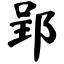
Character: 郢